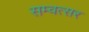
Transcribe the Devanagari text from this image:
सम्वत्सर